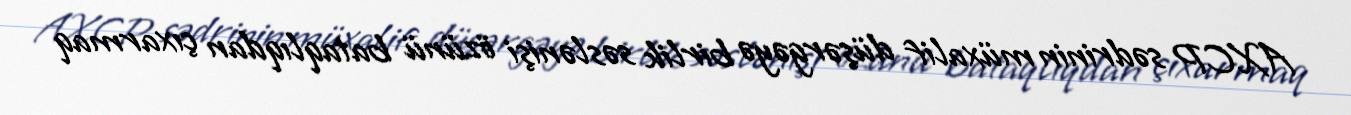
AXCP sədrinin müxalif düşərgəyə birlik səslənişi özünü bataqlıqdan çıxarmaq